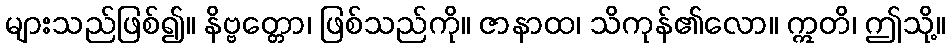
များသည်ဖြစ်၍။ နိဗ္ဗတ္တော၊ ဖြစ်သည်ကို။ ဇာနာထ၊ သိကုန်၏လော။ ဣတိ၊ ဤသို့။